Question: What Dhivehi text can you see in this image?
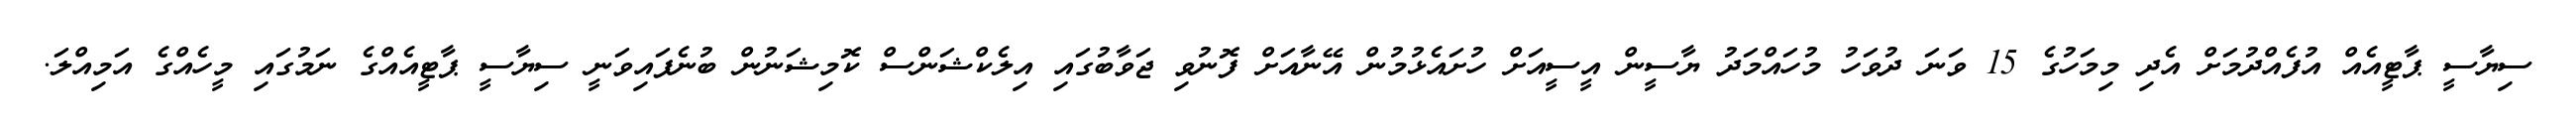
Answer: ސިޔާސީ ޕާޓީއެއް އުފެއްދުމަށް އެދި މިމަހުގެ 15 ވަނަ ދުވަހު މުހައްމަދު ޔާސީން އީސީއަށް ހުށައެޅުމުން އޭނާއަށް ފޮނުވި ޖަވާބުގައި އިލެކްޝަންސް ކޮމިޝަނުން ބުނެފައިވަނީ ސިޔާސީ ޕާޓީއެއްގެ ނަމުގައި މީހެއްގެ އަމިއްލަ.